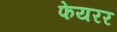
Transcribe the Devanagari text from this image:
फेयरर